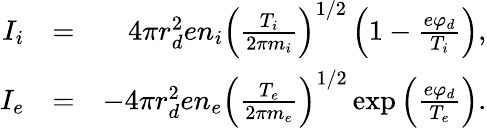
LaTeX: \begin{array}{rlr}{I_{i}}&{=}&{4\pi r_{d}^{2}en_{i}\left(\frac{T_{i}}{2\pi m_{i}}\right)^{1/2}\left(1-\frac{e\varphi_{d}}{T_{i}}\right),}\\ {I_{e}}&{=}&{-4\pi r_{d}^{2}en_{e}\left(\frac{T_{e}}{2\pi m_{e}}\right)^{1/2}\exp\left(\frac{e\varphi_{d}}{T_{e}}\right).}\end{array}